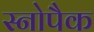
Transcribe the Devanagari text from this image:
स्नोपैक